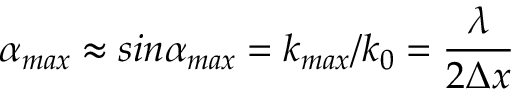
\alpha _ { m a x } \approx s i n \alpha _ { m a x } = k _ { m a x } / k _ { 0 } = \frac { \lambda } { 2 \Delta x }